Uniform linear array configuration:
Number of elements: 48
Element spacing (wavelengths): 1
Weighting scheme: exponential
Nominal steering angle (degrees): -15
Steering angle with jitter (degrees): -16.212
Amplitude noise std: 0.05
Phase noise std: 0.05

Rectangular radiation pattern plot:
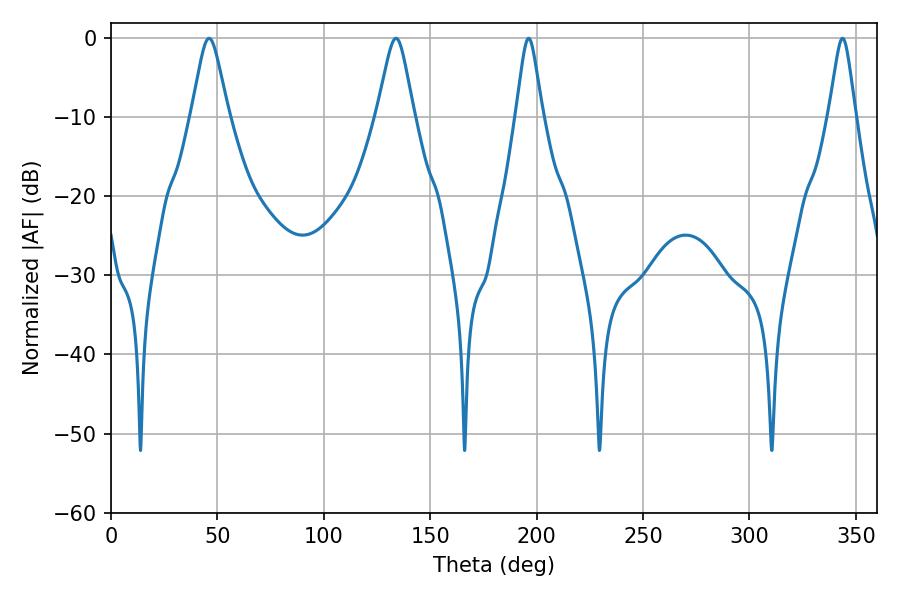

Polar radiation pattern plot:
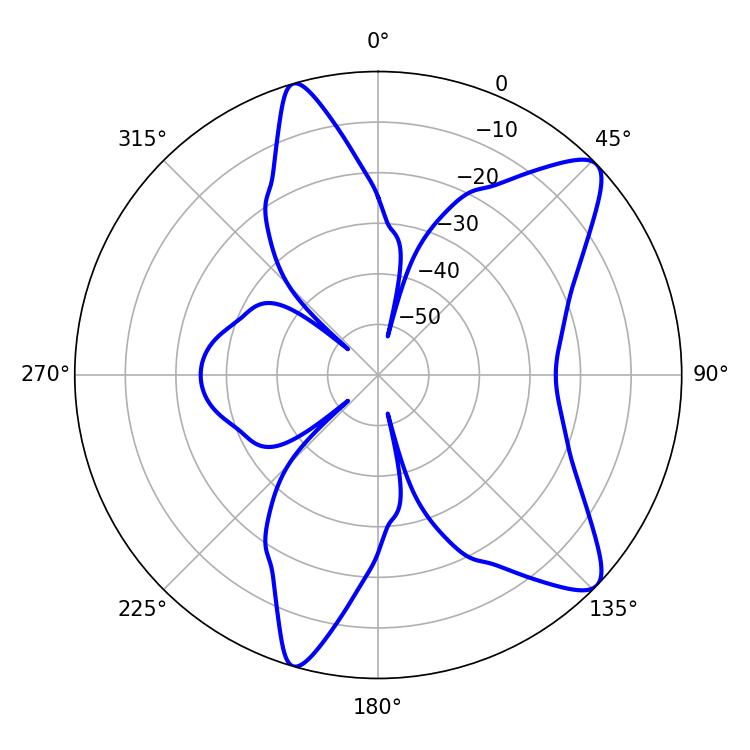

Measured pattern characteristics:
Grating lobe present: TRUE
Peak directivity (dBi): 10.296
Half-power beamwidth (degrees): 8.1
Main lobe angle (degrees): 46.08